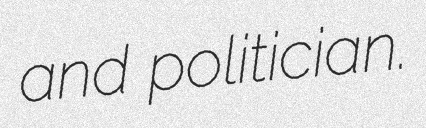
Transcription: and politician.